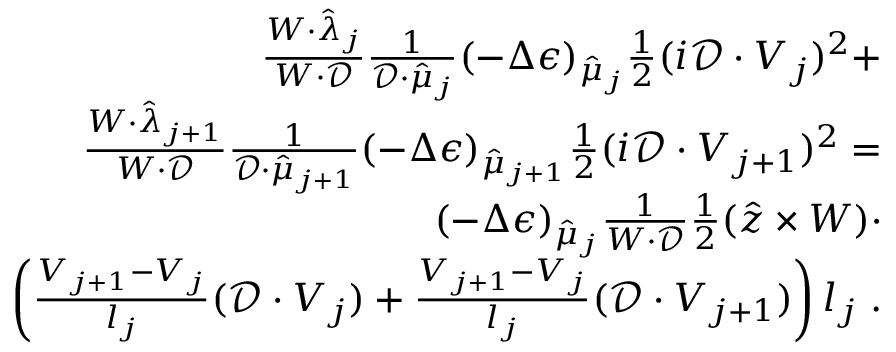
\begin{array} { r l } { \frac { W \cdot \hat { \lambda } _ { j } } { W \cdot \mathcal { D } } \frac { 1 } { \mathcal { D } \cdot \hat { \mu } _ { j } } ( - \Delta \epsilon ) _ { \hat { \mu } _ { j } } \frac { 1 } { 2 } ( i \mathcal { D } \cdot V _ { j } ) ^ { 2 } + } & { { } } \\ { \frac { W \cdot \hat { \lambda } _ { j + 1 } } { W \cdot \mathcal { D } } \frac { 1 } { \mathcal { D } \cdot \hat { \mu } _ { j + 1 } } ( - \Delta \epsilon ) _ { \hat { \mu } _ { j + 1 } } \frac { 1 } { 2 } ( i \mathcal { D } \cdot V _ { j + 1 } ) ^ { 2 } = } & { { } } \\ { ( - \Delta \epsilon ) _ { \hat { \mu } _ { j } } \frac { 1 } { W \cdot \mathcal { D } } \frac { 1 } { 2 } ( \hat { z } \times W ) \cdot } & { { } } \\ { \left( \frac { V _ { j + 1 } - V _ { j } } { l _ { j } } ( \mathcal { D } \cdot V _ { j } ) + \frac { V _ { j + 1 } - V _ { j } } { l _ { j } } ( \mathcal { D } \cdot V _ { j + 1 } ) \right) l _ { j } \; . } \end{array}